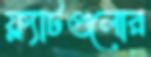
ফ্ল্যাটগুলোর